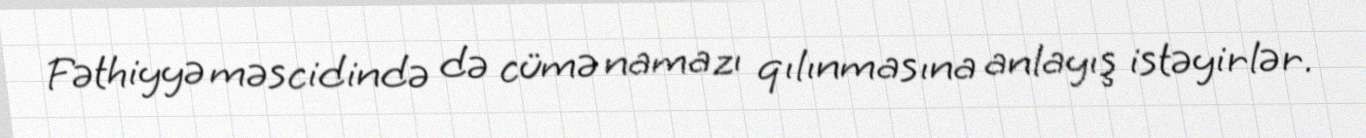
Fəthiyyə məscidində də cümə namazı qılınmasına anlayış istəyirlər.